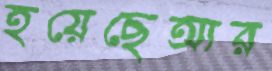
হয়েছেআর